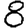
Digit: 8